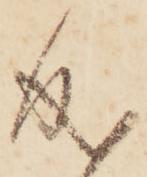
成